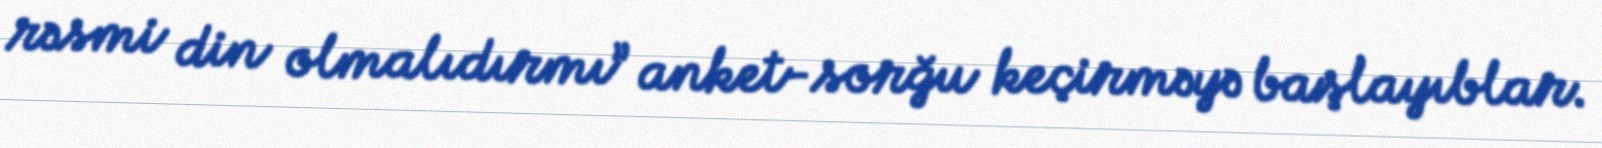
rəsmi din olmalıdırmı” anket-sorğu keçirməyə başlayıblar.